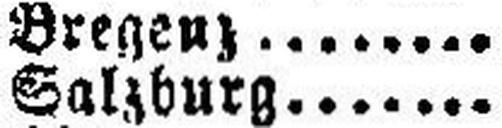
Salzburg